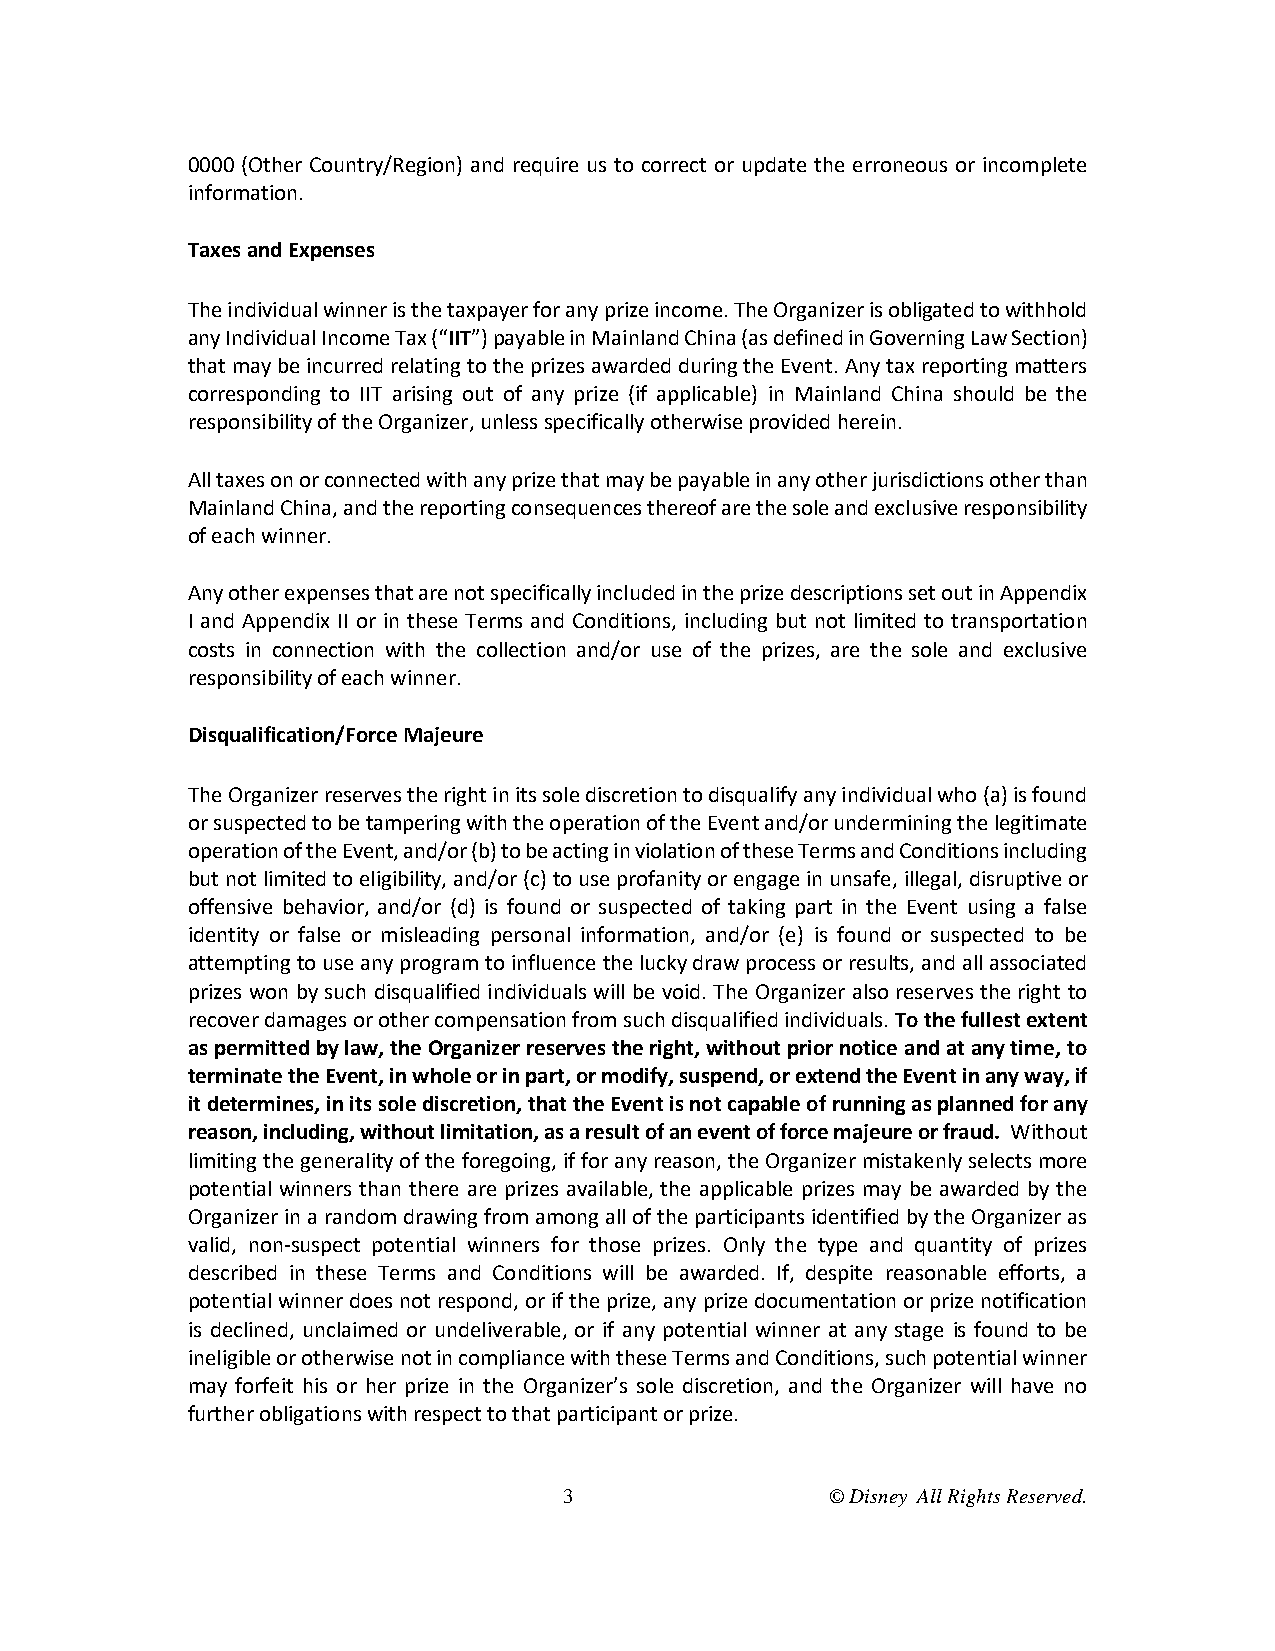
0000 (Other Country/Region) and require us to correct or update the erroneous or incomplete
 information.
 Taxes and Expenses
 The individual winner is the taxpayer for any prize income. The Organizer is obligated to withhold
 any Individual Income Tax (“IIT”) payable in Mainland China (as defined in Governing Law Section)
 that may be incurred relating to the prizes awarded during the Event. Any tax reporting matters
 corresponding to IIT arising out of any prize (if applicable) in Mainland China should be the
 responsibility of the Organizer, unless specifically otherwise provided herein.
 All taxes on or connected with any prize that may be payable in any other jurisdictions other than
 Mainland China, and the reporting consequences thereof are the sole and exclusive responsibility
 of each winner.
 Any other expenses that are not specifically included in the prize descriptions set out in Appendix
 I and Appendix II or in these Terms and Conditions, including but not limited to transportation
 costs in connection with the collection and/or use of the prizes, are the sole and exclusive
 responsibility of each winner.
 Disqualification/Force Majeure
 The Organizer reserves the right in its sole discretion to disqualify any individual who (a) is found
 or suspected to be tampering with the operation of the Event and/or undermining the legitimate
 operation of the Event, and/or (b) to be acting in violation of these Terms and Conditions including
 but not limited to eligibility, and/or (c) to use profanity or engage in unsafe, illegal, disruptive or
 offensive behavior, and/or (d) is found or suspected of taking part in the Event using a false
 identity or false or misleading personal information, and/or (e) is found or suspected to be
 attempting to use any program to influence the lucky draw process or results, and all associated
 prizes won by such disqualified individuals will be void. The Organizer also reserves the right to
 recover damages or other compensation from such disqualified individuals. To the fullest extent
 as permitted by law, the Organizer reserves the right, without prior notice and at any time, to
 terminate the Event, in whole or in part, or modify, suspend, or extend the Event in any way, if
 it determines, in its sole discretion, that the Event is not capable of running as planned for any
 reason, including, without limitation, as a result of an event of force majeure or fraud. Without
 limiting the generality of the foregoing, if for any reason, the Organizer mistakenly selects more
 potential winners than there are prizes available, the applicable prizes may be awarded by the
 Organizer in a random drawing from among all of the participants identified by the Organizer as
 valid, non-suspect potential winners for those prizes. Only the type and quantity of prizes
 described in these Terms and Conditions will be awarded. If, despite reasonable efforts, a
 potential winner does not respond, or if the prize, any prize documentation or prize notification
 is declined, unclaimed or undeliverable, or if any potential winner at any stage is found to be
 ineligible or otherwise not in compliance with these Terms and Conditions, such potential winner
 may forfeit his or her prize in the Organizer’s sole discretion, and the Organizer will have no
 further obligations with respect to that participant or prize.
 3                 © Disney All Rights Reserved.